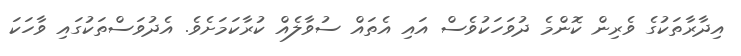
އިދާރާތަކުގެ ވެރިން ކޮންމެ ދުވަހަކުވެސް އައި އެތައް ސުވާލެއް ކުރާކަމަށެވެ. އެދުވަސްތަކުގައި ވާހަކަ